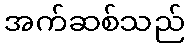
အက်ဆစ်သည်